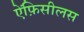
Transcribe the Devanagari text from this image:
ऐंफ़िसीलस